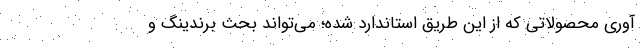
آوری محصولاتی که از این طریق استاندارد شده؛ می‌تواند بحث برندینگ و